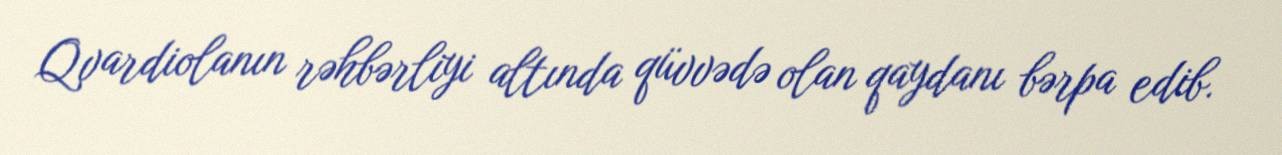
Qvardiolanın rəhbərliyi altında qüvvədə olan qaydanı bərpa edib.